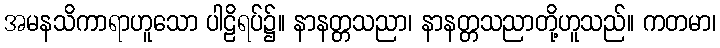
အမနသိကာရာဟူသော ပါဠိရပ်၌။ နာနတ္တသညာ၊ နာနတ္တသညာတို့ဟူသည်။ ကတမာ၊